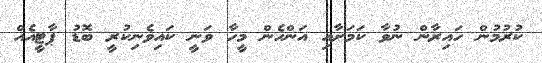
ކުރުމުން ހައިރާން ނުވާ ކަމަށާއި އަންހެން މީހާ ވަނީ ކައިވެނިކުރީ ބޮޑު ޕާޓީއެއް